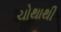
ચોથાથી